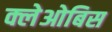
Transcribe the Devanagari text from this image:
क्लेओबिस